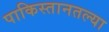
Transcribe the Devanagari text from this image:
पाकिस्तानतल्या